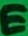
Text: E